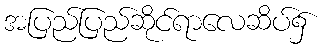
အပြည်ပြည်ဆိုင်ရာလေဆိပ်၌